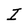
Character: I